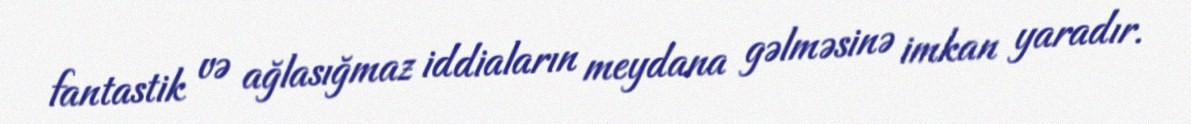
fantastik və ağlasığmaz iddiaların meydana gəlməsinə imkan yaradır.